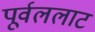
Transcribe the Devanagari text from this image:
पूर्वललाट